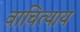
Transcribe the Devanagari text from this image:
वाचित्याय